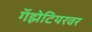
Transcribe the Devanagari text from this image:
गॅझेटियरवर